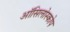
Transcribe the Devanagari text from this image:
ऑसिलोस्कोप